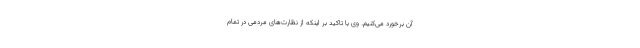
آن برخورد می‌کنیم. وی با تاکید بر اینکه از نظارت‌های مردمی در تمام